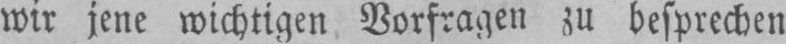
zu besprechen